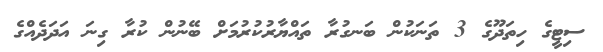
ސިޓީގެ ހިތަދޫގެ 3 ތަނަކުން ބަނގުރާ ތައްޔާރުކުރުމަށް ބޭނުން ކުރާ ގިނަ އަދަދެއްގެ